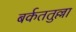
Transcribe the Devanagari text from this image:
बर्कततुल्ला